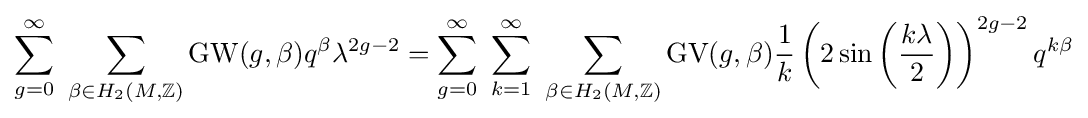
\sum _{g=0}^{\infty }~\sum _{\beta \in H_{2}(M,\mathbb {Z} )}{\text{GW}}(g,\beta )q^{\beta }\lambda ^{2g-2}=\sum _{g=0}^{\infty }~\sum _{k=1}^{\infty }~\sum _{\beta \in H_{2}(M,\mathbb {Z} )}{\text{GV}}(g,\beta ){\frac {1}{k}}\left(2\sin \left({\frac {k\lambda }{2}}\right)\right)^{2g-2}q^{k\beta }